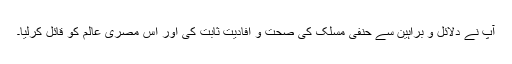
آپ نے دلائل و براہین سے حنفی مسلک کی صحت و افادیّت ثابت کی اور اُس مصری عالم کو قائل کرلیا۔